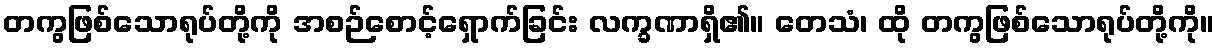
တကွဖြစ်သောရုပ်တို့ကို အစဉ်စောင့်ရှောက်ခြင်း လက္ခဏာရှိ၏။ တေသံ၊ ထို တကွဖြစ်သောရုပ်တို့ကို။